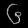
Digit: ၆